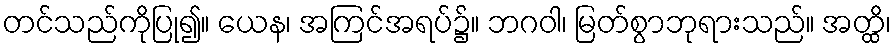
တင်သည်ကိုပြု၍။ ယေန၊ အကြင်အရပ်၌။ ဘဂဝါ၊ မြတ်စွာဘုရားသည်။ အတ္ထိ၊